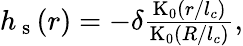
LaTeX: \begin{array}{r}{h_{\mathrm{~s~}}(r)=-\delta\frac{\mathrm{K}_{0}(r/l_{c})}{\mathrm{K}_{0}(R/l_{c})},}\end{array}